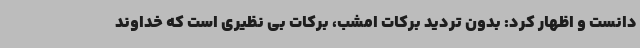
دانست و اظهار کرد: بدون تردید برکات امشب، برکات بی نظیری است که خداوند